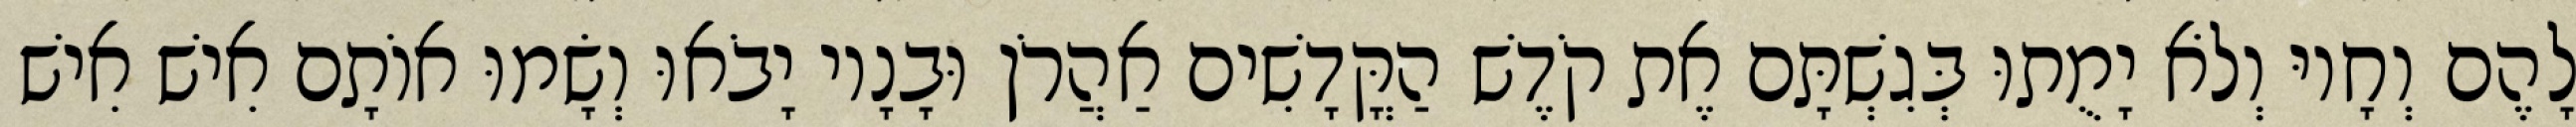
לָהֶם וְחָיוּ וְלֹא יָמֻתוּ בְּגִשְׁתָּם אֶת קֹדֶשׁ הַקֳּדָשִׁים אַהֲרֹן וּבָנָיו יָבֹאוּ וְשָׂמוּ אוֹתָם אִישׁ אִישׁ